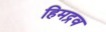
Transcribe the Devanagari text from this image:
हिमद्रव